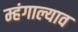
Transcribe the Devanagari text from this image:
म्हंगाल्याव